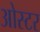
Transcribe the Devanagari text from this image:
ओस्टर